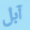
آبل